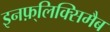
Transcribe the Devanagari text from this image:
इनफ़्लिक्सिमैब